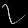
Digit: ၇